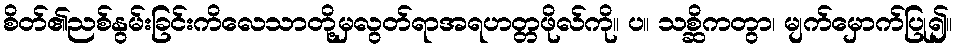
စိတ်၏ညစ်နွမ်းခြင်းကိလေသာတို့မှလွတ်ရာအရဟတ္တဖိုလ်ကို။ ပ။ သစ္ဆိကတွာ၊ မျက်မှောက်ပြု၍။